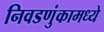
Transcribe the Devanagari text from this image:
निवडणुंकामध्ये